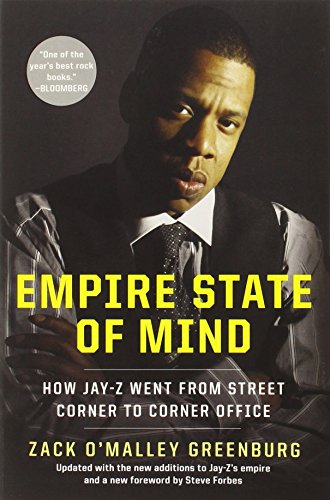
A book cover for Empire State of Mind: How Jay-Z Went from Street Corner to Corner Office; Zack O'Malley Greenburg; Business & Money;